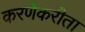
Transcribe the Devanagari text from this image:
करणेकरीता